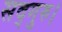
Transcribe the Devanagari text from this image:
सद्गुरु।